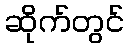
ဆိုက်တွင်